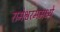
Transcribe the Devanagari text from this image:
रामेश्वरममध्ये